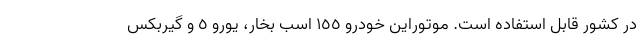
در کشور قابل استفاده است. موتوراین خودرو ١٥٥ اسب بخار، یورو ٥ و گیربکس